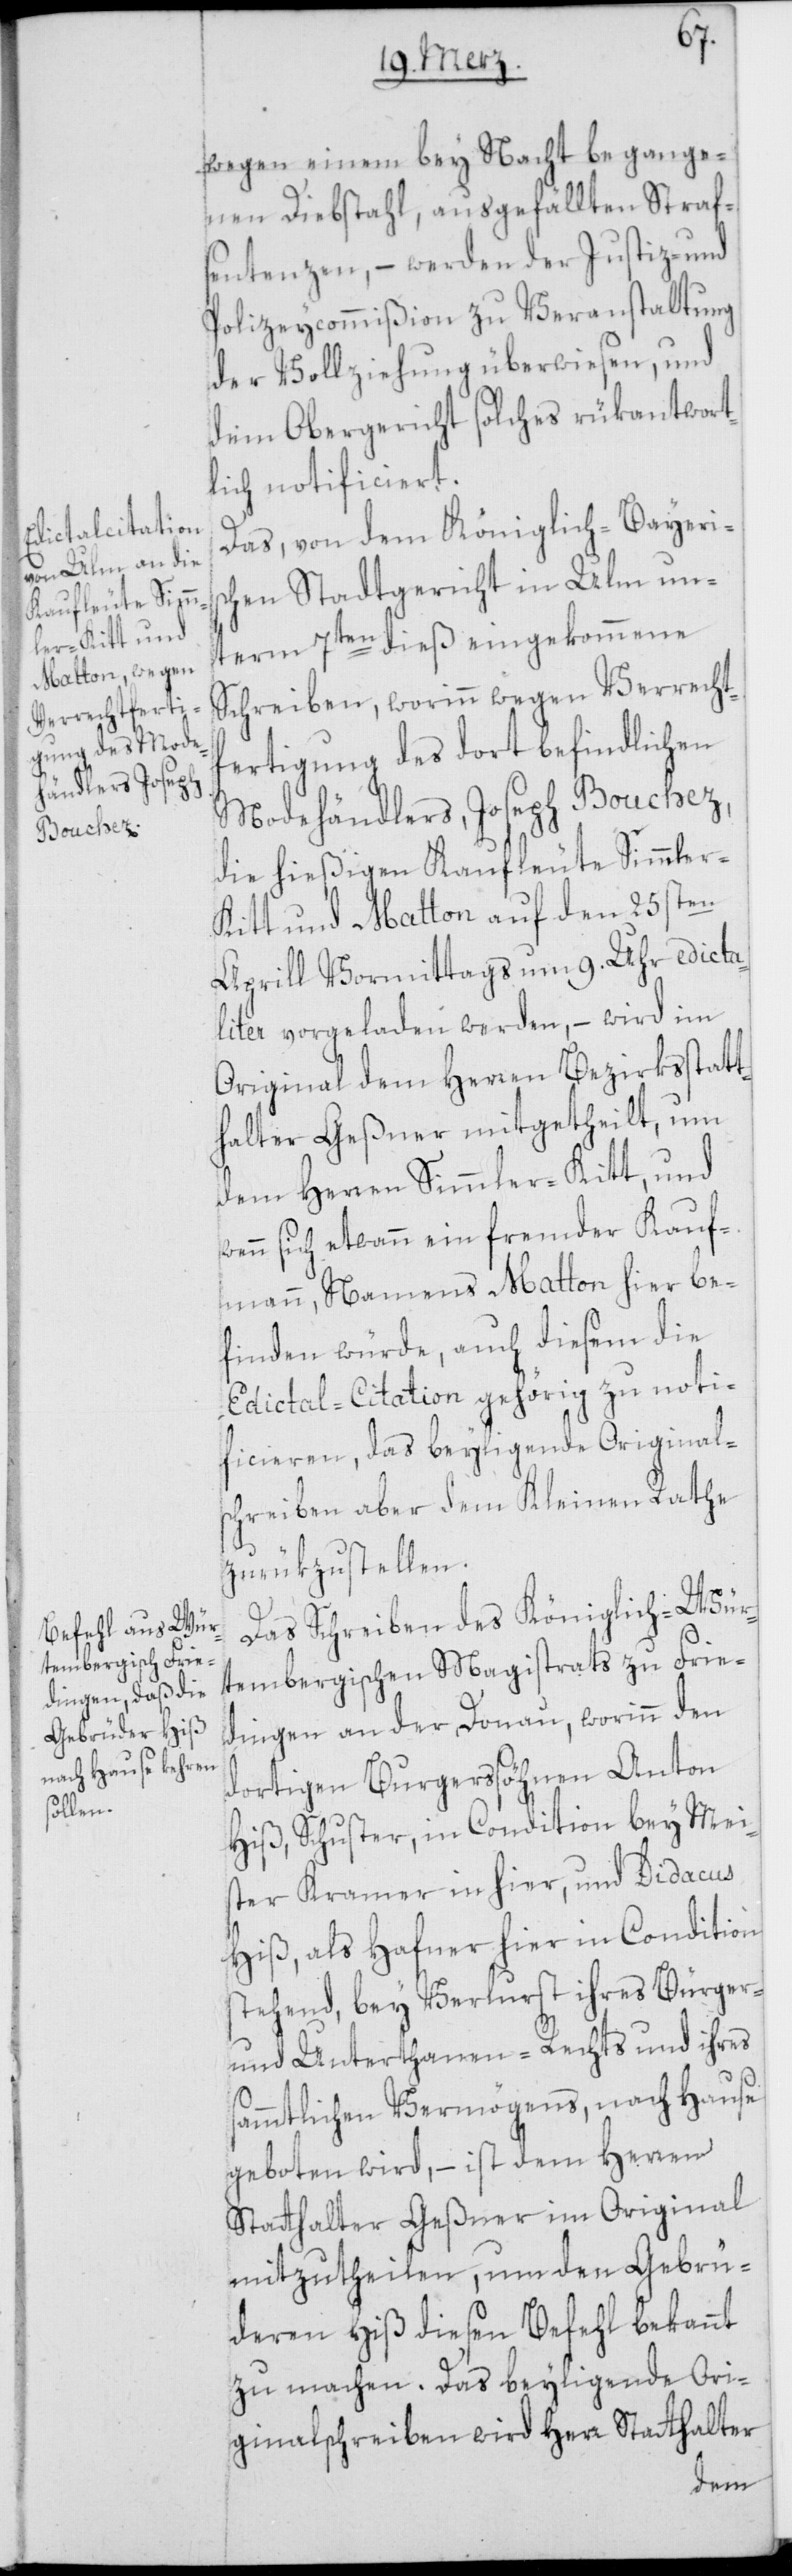
wegen einem bey Nacht begange¬
nen Diebstahl, ausgefällten Straf¬
sentenzen, – werden der Justiz- und
Polizeycommißion zu Veranstaltung
der Vollziehung überwiesen, und
dem Obergericht solches rükantwort¬
lich notificiert.
Das, von dem Königlich-Bayeris¬
chen Stadtgericht in Ulm un¬
term 7ten dieß eingekommene
Schreiben, worinn wegen Verrecht¬
fertigung des dort befindlichen
Modehändlers, Joseph Bouchez,
die hießigen Kaufleute Simmler-K¬
itt und Matton auf den 25sten
Aprill Vormittags um 9. Uhr edicta¬
liter vorgeladen werden, – wird im
Original dem Herren Bezirksstatt¬
halter Geßner mitgetheilt, um
dem Herren Simmler-Kitt, und
wenn sich etwann ein fremder Kauf¬
mann, Namens Matton hier be¬
finden würde, auch diesem die
Edictal-Citation gehörig zu noti¬
ficieren, das beyligende Original¬
schreiben aber dem Kleinen Rathe
zurükzustellen.
Das Schreiben des Königlich-Wür¬
tembergischen Magistrats zu Frie¬
dingen an der Donau, worinn den
dortigen Burgerssöhnen Anton
Hiß, Schuster, in Condition bey Mei¬
ster Kramer in hier, und Didacus
Hiß, als Hafner hier in Condition
stehend, bey Verlurst ihres Bürger-
und Unterthanen-Rechts und ihres
sämmtlichen Vermögens, nach Hause
geboten wird, – ist dem Herren
Statthalter Geßner im Original
mitzutheilen, um den Gebrü¬
deren Hiß diesen Befehl bekannt
zu machen. Das beyligende Ori¬
ginalschreiben wird Herr Statthalter